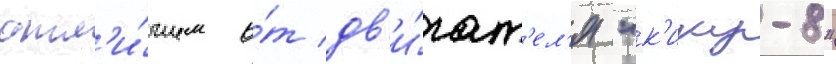
отл'и́чием о́т дв'и́гат'ел'я "к'ику-8"